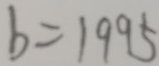
b = 1 9 9 5